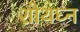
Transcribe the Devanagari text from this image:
शोथघ्न